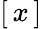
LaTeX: [\, x\, ]